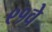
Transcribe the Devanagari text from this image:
९१वे